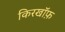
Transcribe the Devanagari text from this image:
किरखॉफ़